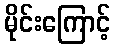
မိုင်းကြောင့်